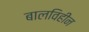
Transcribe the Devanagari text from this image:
बालविहीन